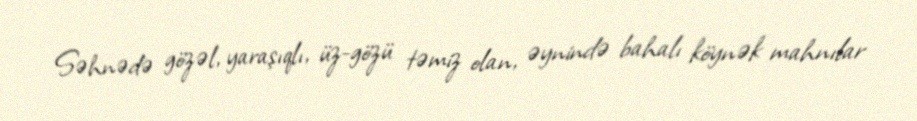
Səhnədə gözəl, yaraşıqlı, üz-gözü təmiz olan, əynində bahalı köynək mahnılar